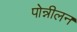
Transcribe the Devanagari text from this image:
पोन्नीलन